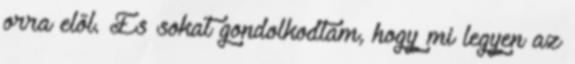
orra elől. És sokat gondolkodtam, hogy mi legyen az